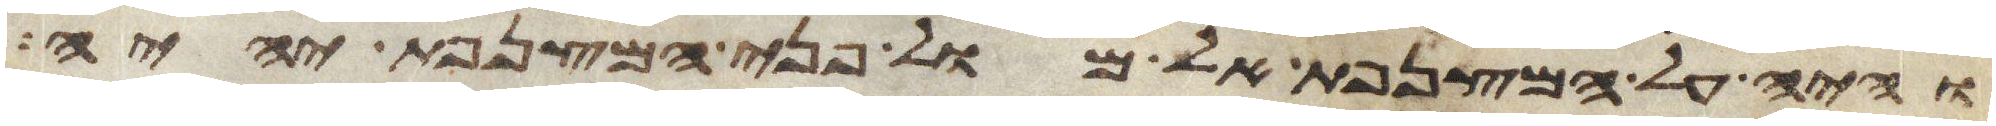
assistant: והיה על המצנפת אל מול פני המצנפת יהיה